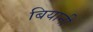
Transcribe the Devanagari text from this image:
बियानी